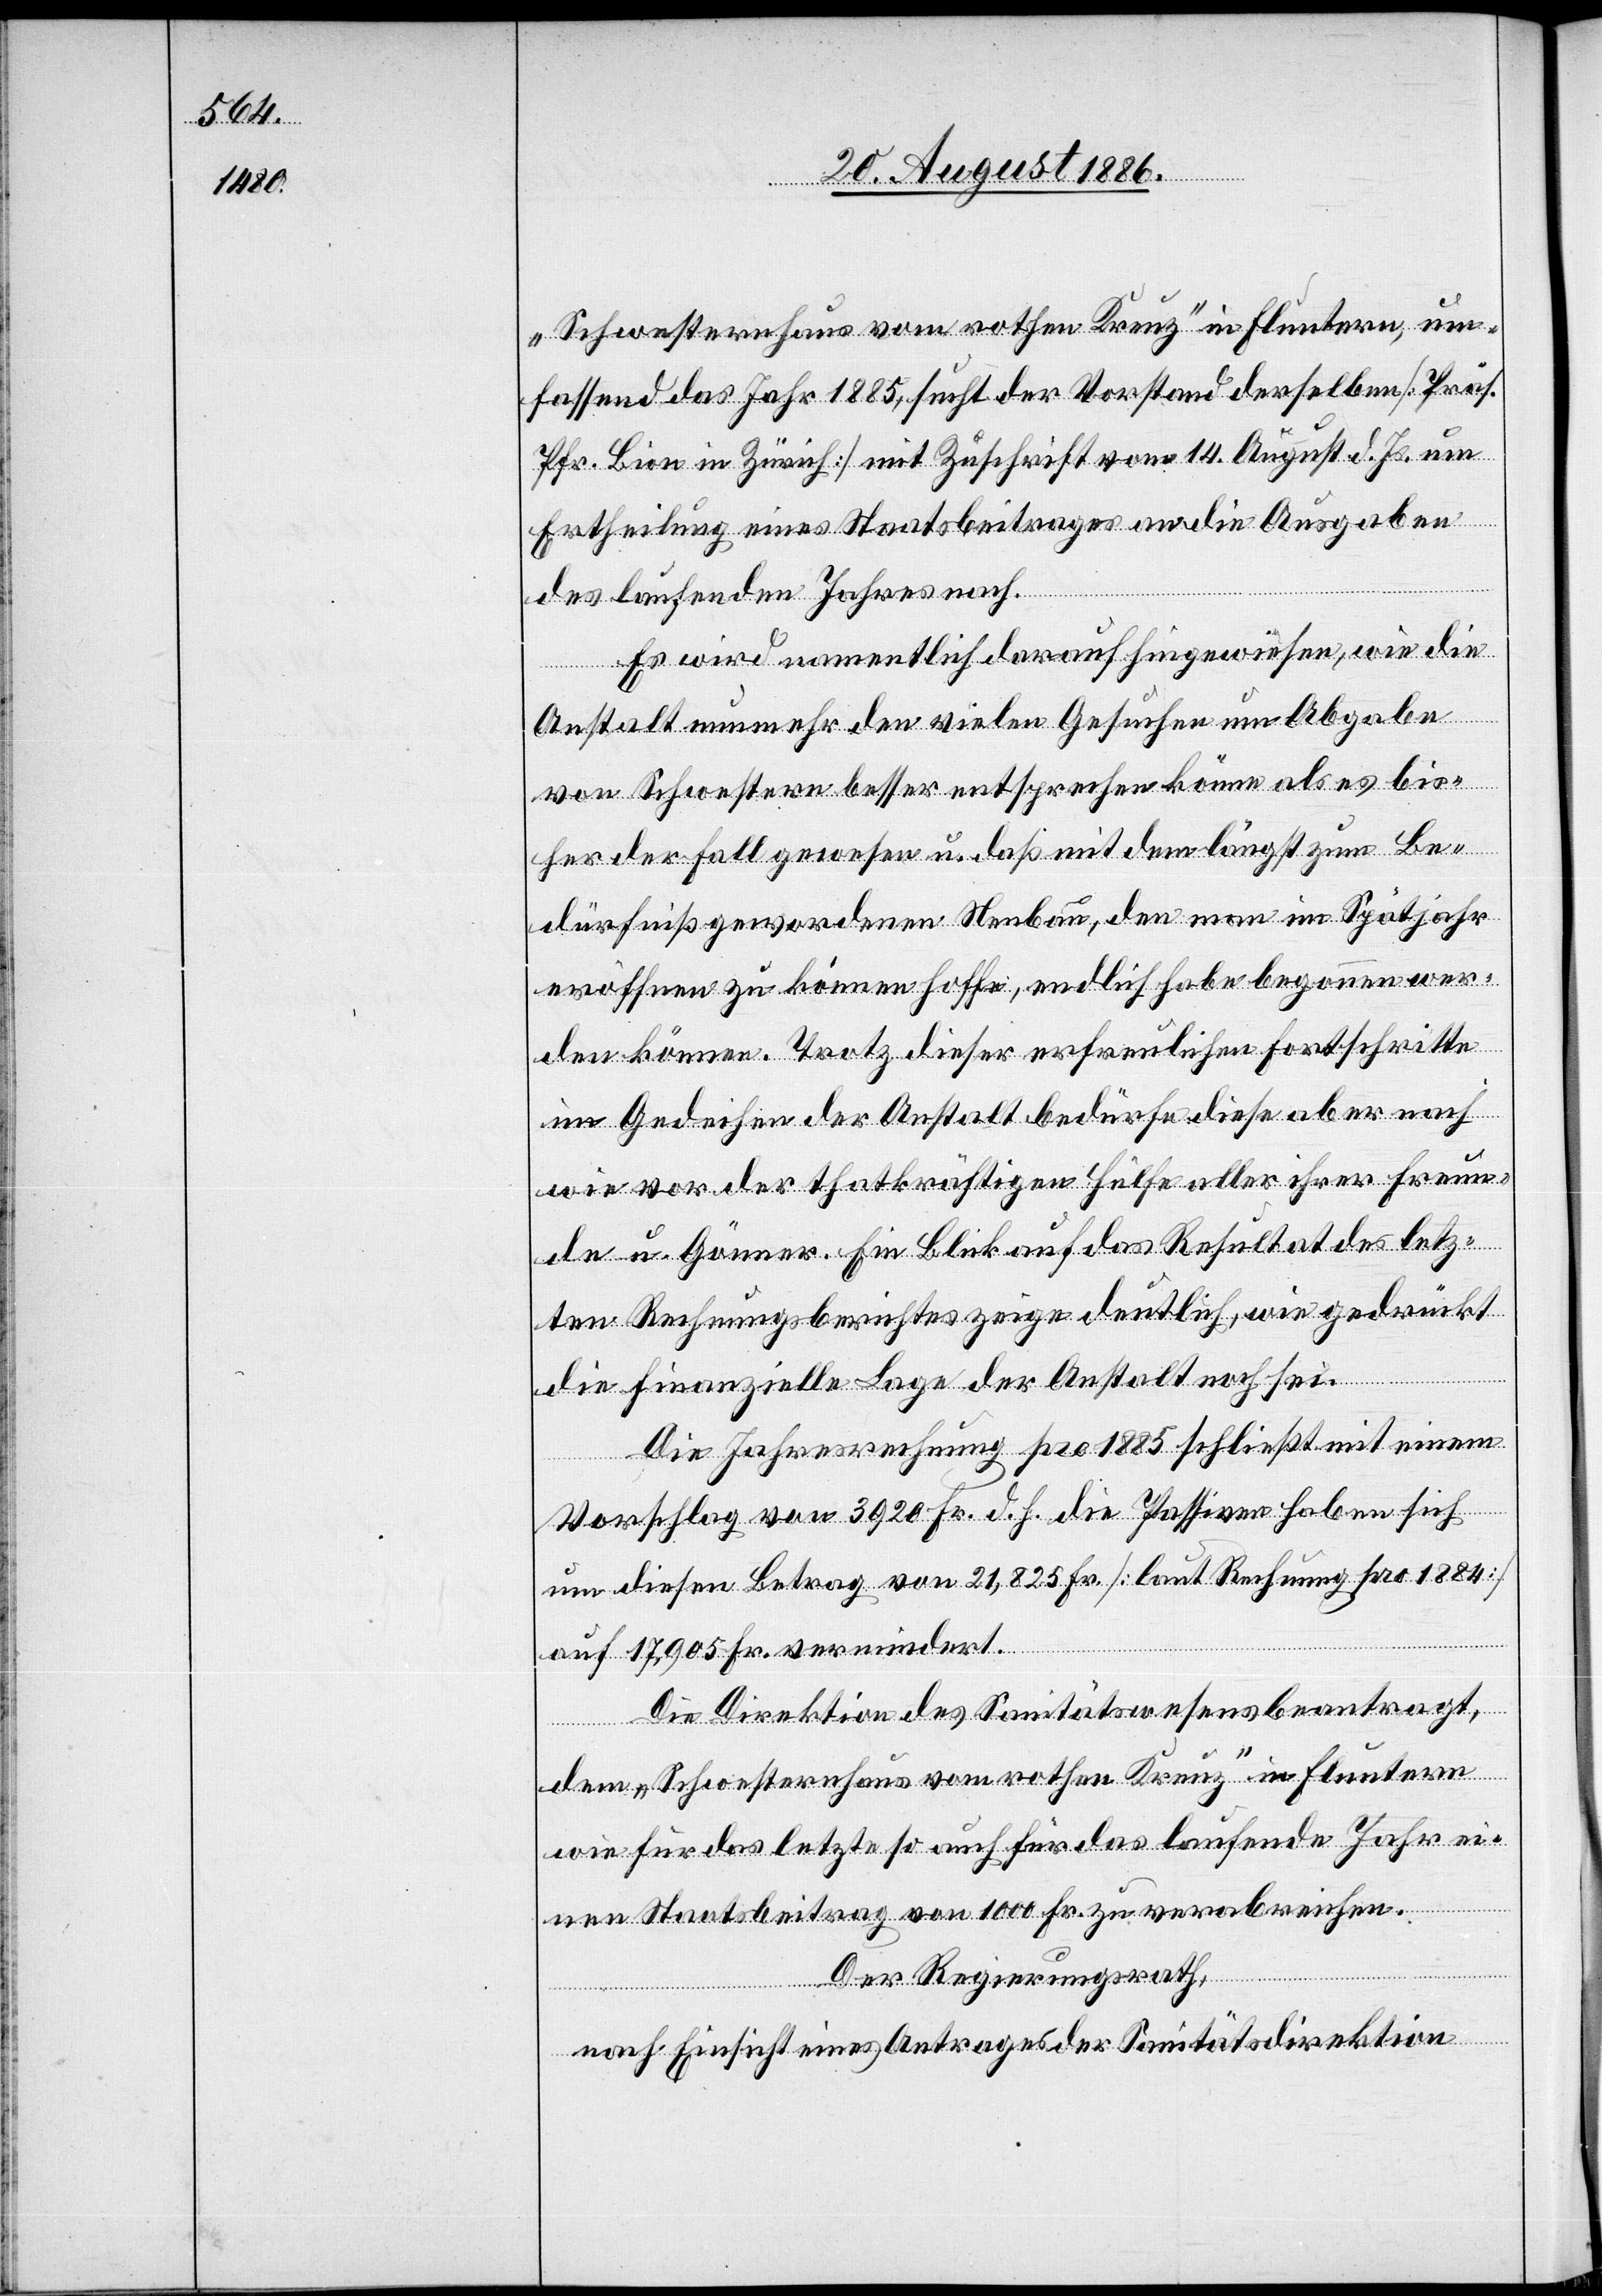
„Schwesternhaus vom rothen Kreuz“ in Fluntern, um¬
fassend das Jahr 1885, sucht der Vorstand derselben [Präs.
Pfr. Bion in Zürich] mit Zuschrift vom 14. August d. Js. um
Ertheilung eines Staatsbeitrages an die Ausgaben
des laufenden Jahres nach.
Es wird namentlich darauf hingewiesen, wie die
Anstalt nunmehr den vielen Gesuchen um Abgabe
von Schwestern besser entsprechen könne als es bis¬
her der Fall gewesen u. daß mit dem längst zum Be¬
dürfniß gewordenen Neubau, den man im Spätjahr
eröffnen zu können hoffe, endlich habe begonnen wer¬
den können. Trotz dieser erfreulichen Fortschritte
im Gedeihen der Anstalt bedürfe diese aber nach
wie vor der thatkräftigen Hülfe aller ihrer Freun¬
de u. Gönner. Ein Blick auf das Resultat des letz¬
ten Rechnungsberichtes zeige deutlich, wie gedrückt
die finanzielle Lage der Anstalt noch sei.
Die Jahresrechnung pro 1885 schließt mit einem
Vorschlag von 3920 Fr. d. h. die Passiven haben sich
um diesen Betrag von 21,825 Fr. [laut Rechnung pro 1884]
auf 17,905 Fr. vermindert.
Die Direktion des Sanitätswesens beantragt,
dem „Schwesternhaus vom rothen Kreuz“ in Fluntern
wie für das letzte so auch für das laufende Jahr ei¬
nen Staatsbeitrag von 1000 Fr. zu verabreichen.
Der Regierungsrath,
nach Einsicht eines Antrages der Sanitätsdirektion,